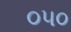
૦૫૦